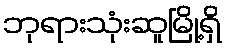
ဘုရားသုံးဆူမြို့ရှိ